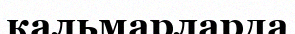
кальмарларда